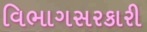
વિભાગસરકારી